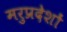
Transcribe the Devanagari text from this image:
मरुप्रदेशों